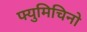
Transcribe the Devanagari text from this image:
फ्युमिचिनो